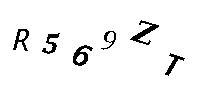
R569ZT